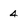
Character: 4